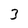
Character: 3